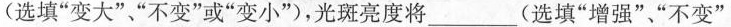
(选填”变大””不变”或”变小”)，光斑亮度将____(选填”增强””不变”